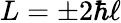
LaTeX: L=\pm 2\hbar\ell